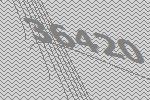
36420